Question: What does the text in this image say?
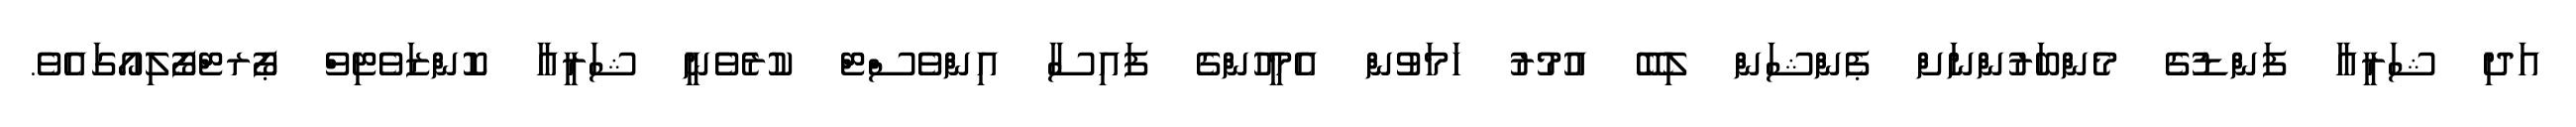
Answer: އަދި ޝަރީއާ ފަންޑުގެ މެންބަރުންނަށް ޕެންޝަން ލިބޭ އުމުރު ހަމަވުން އެމީހުންގެ ފައިސާ އިންވެސްޓް ކުރެވެނީ ޝަރީޢާ ކޮންޒަވެޓިވް ޕޯރޓްފޯލިއޯގައެވެ.